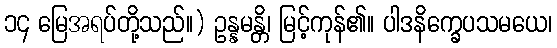
၁၄ မြေအရပ်တို့သည်။) ဥန္နမန္တိ၊ မြင့်ကုန်၏။ ပါဒနိက္ခေပသမယေ၊